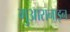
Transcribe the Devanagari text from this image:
गुआरानाइन